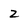
Character: 2